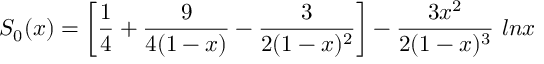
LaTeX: S _ { 0 } ( x ) = \left[ \frac { 1 } { 4 } + \frac { 9 } { 4 ( 1 - x ) } - \frac { 3 } { 2 ( 1 - x ) ^ { 2 } } \right] - \frac { 3 x ^ { 2 } } { 2 ( 1 - x ) ^ { 3 } } ~ l n x